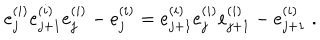
LaTeX: e _ { j } ^ { ( i ) } e _ { j + 1 } ^ { ( i ) } e _ { j } ^ { ( i ) } - e _ { j } ^ { ( i ) } = e _ { j + 1 } ^ { ( i ) } e _ { j } ^ { ( i ) } e _ { j + 1 } ^ { ( i ) } - e _ { j + 1 } ^ { ( i ) } \; .